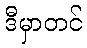
ဒီမှာတင်